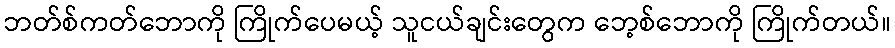
ဘတ်စ်ကတ်ဘောကို ကြိုက်ပေမယ့် သူငယ်ချင်းတွေက ဘေ့စ်ဘောကို ကြိုက်တယ်။